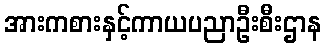
အားကစားနှင့်ကာယပညာဦးစီးဌာန